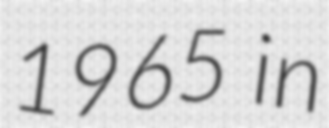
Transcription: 1965 in